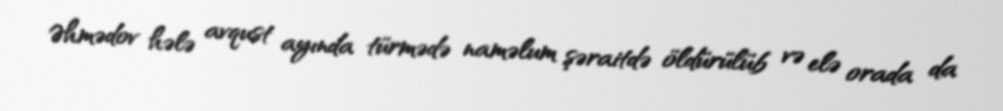
Əhmədov hələ avqust ayında türmədə naməlum şəraitdə öldürülüb və elə orada da